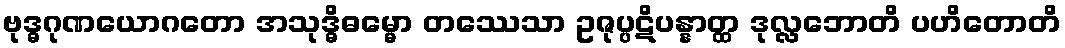
ဗုဒ္ဓဂုဏယောဂတော အသုဒ္ဓိဓမ္မော တဿေသာ ဥဇုပ္ပဋိပန္နာတ္ထ ဒုလ္လဘောတိ ပဟိတောတိ